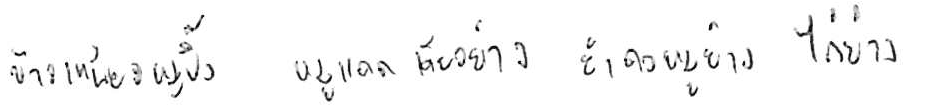
ข้าวเหนียวหมูปิ้ง หมูแดดเดียวย่าง ยำคอหมูย่าง ไก่ย่าง